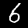
Label: 6